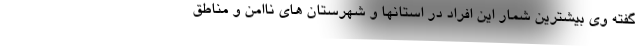
گفته وی بیشترین شمار این افراد در استانها و شهرستان های ناامن و مناطق